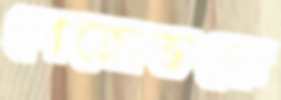
পেত্রোভকে